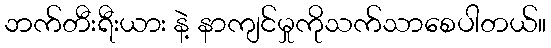
ဘက်တီးရီးယား နဲ့ နာကျင်မှုကိုသက်သာစေပါတယ်။